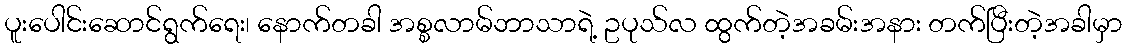
ပူးပေါင်းဆောင်ရွက်ရေး၊ နောက်တခါ အစ္စလာမ်ဘာသာရဲ့ ဥပုသ်လ ထွက်တဲ့အခမ်းအနား တက်ပြီးတဲ့အခါမှာ